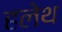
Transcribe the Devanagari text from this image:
हलेथ